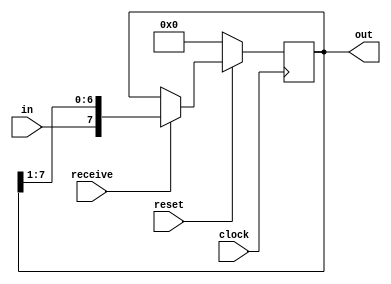
module ShiftRegister #(
    parameter SIZE = 8
)
(
    input clock,
    input reset,
    input in,
    input receive,
    output reg [SIZE-1:0] out
);

reg [SIZE-1:0] reg_in;

always@(posedge clock)
begin
    out <= reg_in;
end

always@(*)
begin
    if(~reset) reg_in <= 0;
    else if(receive) reg_in <= {in, out[SIZE-1:1]};
    else reg_in <= out;
end

endmodule